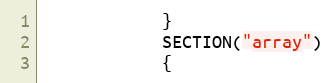
Language: C++
            }
            SECTION("array")
            {